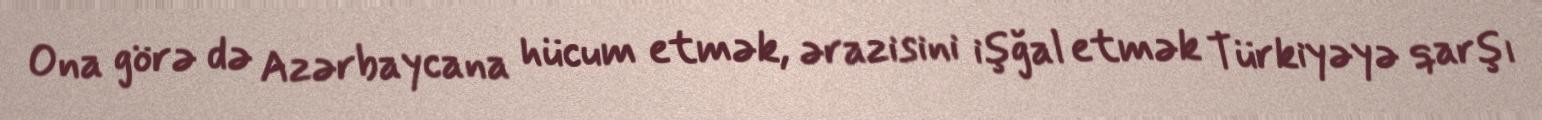
Ona görə də Azərbaycana hücum etmək, ərazisini işğal etmək Türkiyəyə qarşı